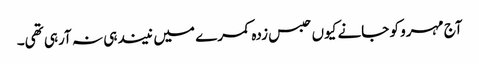
آج مہرو کو جانے کیوں حبس زدہ کمرے میں نیند ہی نہ آرہی تھی۔